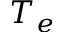
T _ { e }